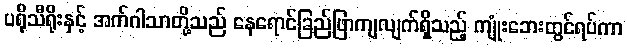
ပရိုသီရိုးနှင့် အက်ဂါသာတို့သည် နေရောင်ခြည်ဖြာကျလျက်ရှိသည့် ကျုံးဘေးတွင်ရပ်ကာ